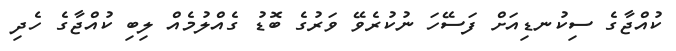
ކުއްޖާގެ ސިކުނޑިއަށް ފަސޭހަ ނުކުރެވޭ ވަރުގެ ބޮޑު ގެއްލުމެއް ލިބި ކުއްޖާގެ ހެދި